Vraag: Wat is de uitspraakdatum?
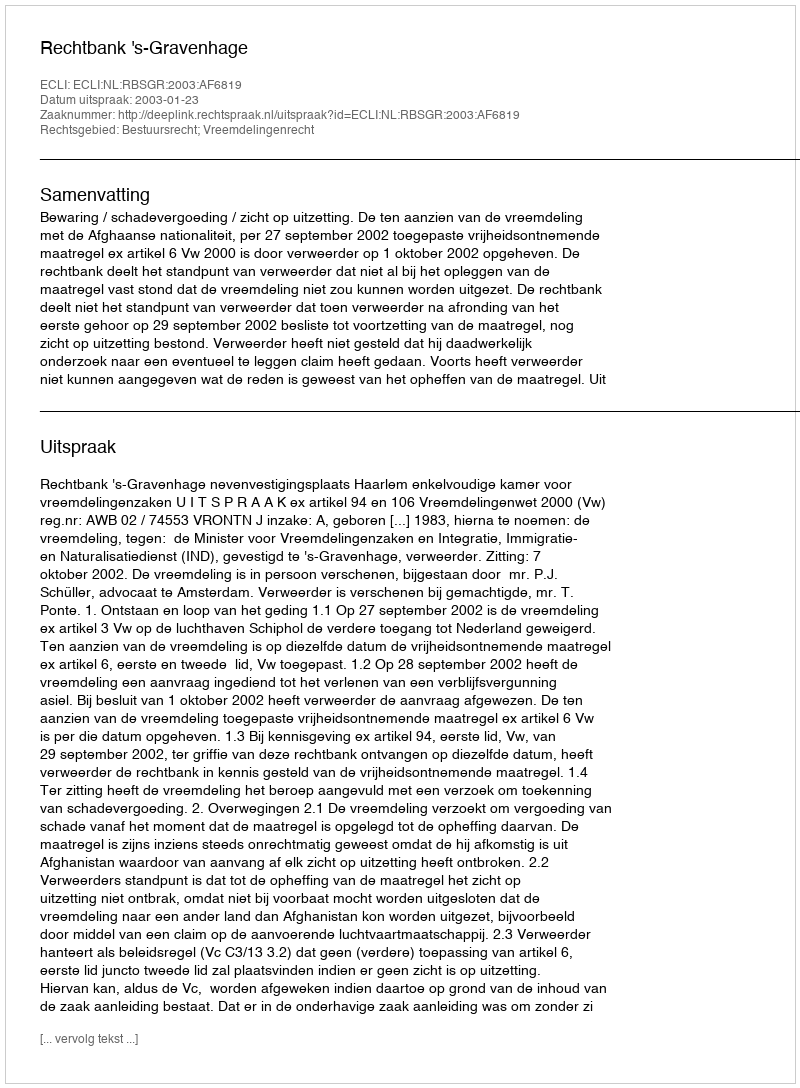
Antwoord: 2003-01-23